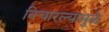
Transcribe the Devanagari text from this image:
विचारल्यामुळे